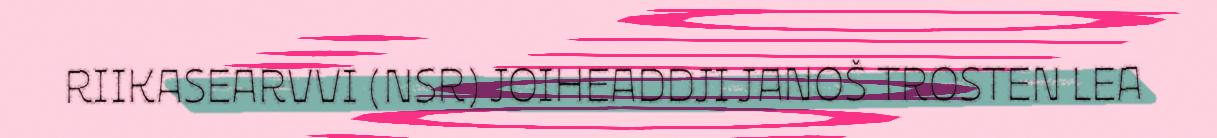
RIIKASEARVVI (NSR) JOIHEADDJI JANOŠ TROSTEN LEA